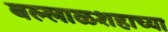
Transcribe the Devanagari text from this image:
बल्लाळशहाच्या